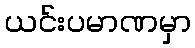
ယင်းပမာဏမှာ